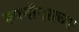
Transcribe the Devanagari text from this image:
रूपचौदसच्या